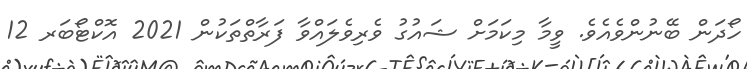
ހޯދަން ބޭނުންވެއެވެ. ވީމާ މިކަމަށް ޝައުގު ވެރިވެލައްވާ ފަރާތްތަކުން 2021 އޮކްޓޯބަރ 12